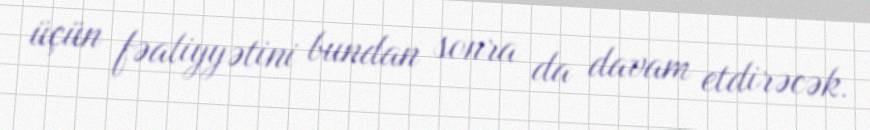
üçün fəaliyyətini bundan sonra da davam etdirəcək.